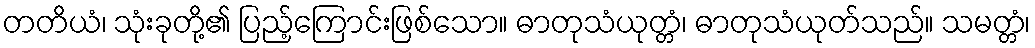
တတိယံ၊ သုံးခုတို့၏ ပြည့်ကြောင်းဖြစ်သော။ ဓာတုသံယုတ္တံ၊ ဓာတုသံယုတ်သည်။ သမတ္တံ၊